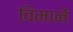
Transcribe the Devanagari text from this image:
विमानें